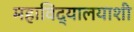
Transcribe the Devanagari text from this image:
महाविद्यालयाशी